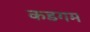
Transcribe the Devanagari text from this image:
कडगम